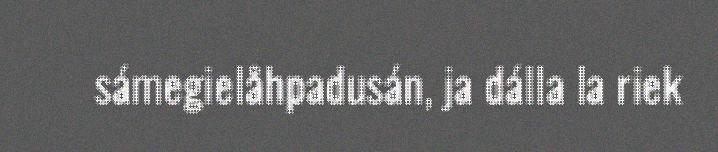
sámegielåhpadusán, ja dálla la riek